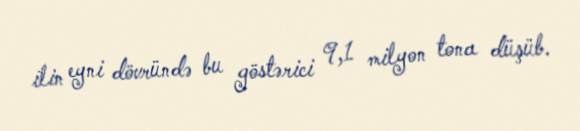
ilin eyni dövründə bu göstərici 9,1 milyon tona düşüb.